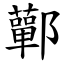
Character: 鄿